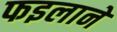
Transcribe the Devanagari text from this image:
फइलाने